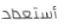
أستعداد